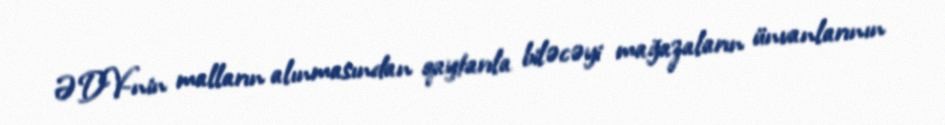
ƏDV-nin malların alınmasından qaytarıla biləcəyi mağazaların ünvanlarının